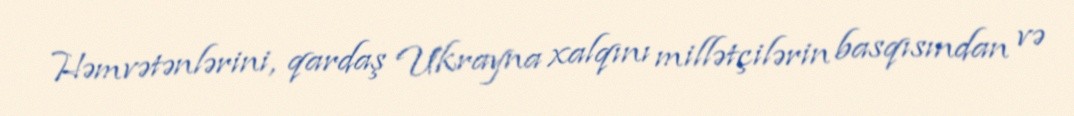
Həmvətənlərini, qardaş Ukrayna xalqını millətçilərin basqısından və